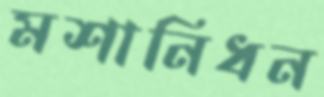
মশানিধন